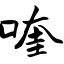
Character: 喹